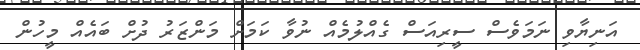
އަނިޔާވި ނަމަވެސް ސީރިއަސް ގެއްލުމެއް ނުވާ ކަމަށް މަންޒަރު ދުށް ބައެއް މީހުން